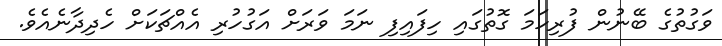
ވަގުތުގެ ބޭނުން ފުރިހަމަ ގޮތުގައި ހިފައިފި ނަމަ ވަރަށް އަގުހުރި އެއްޗަކަށް ހެދިދާނެއެވެ.